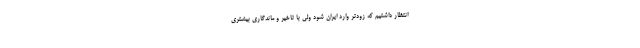
انتظار داشتیم که زودتر وارد ایران شود ولی با تاخیر و ماندگاری بیشتری